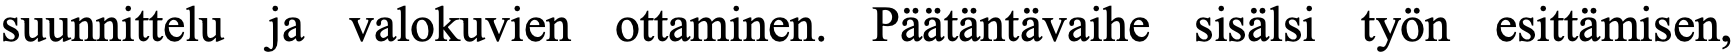
suunnittelu ja valokuvien ottaminen. Päätäntävaihe sisälsi työn esittämisen,